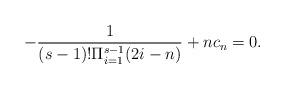
LaTeX: \begin{align*}- \frac{1}{(s-1)! \Pi_{i=1}^{s-1}(2i-n)}+nc_n =0.\end{align*}